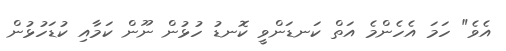
އެވެ" ހަމަ އެހެންމެ އަތް ކަނޑަންވީ ކޮނޑު ހުޅުން ނޫން ކަމާއި ކުޑަހުޅުން